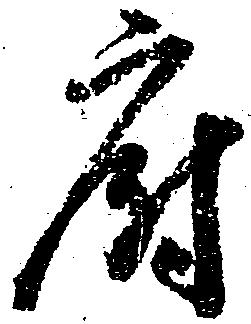
府